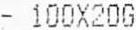
- 100X20G